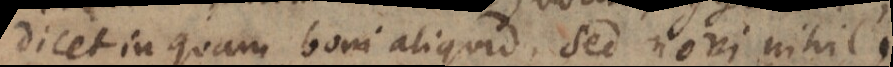
dicet inquam boni aliquid, sed novi nihil,